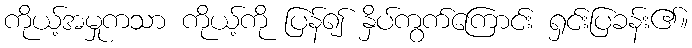
ကိုယ့်အမှုကသာ ကိုယ့်ကို ပြန်၍ နှိပ်ကွက်ကြောင်း ရှင်းပြခန်း၏။